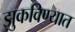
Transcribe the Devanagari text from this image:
झुकविण्यात